画像に写った文字を読んでください
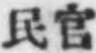
「民官」と書いてあります